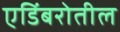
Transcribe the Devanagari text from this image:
एडिंबरोतील